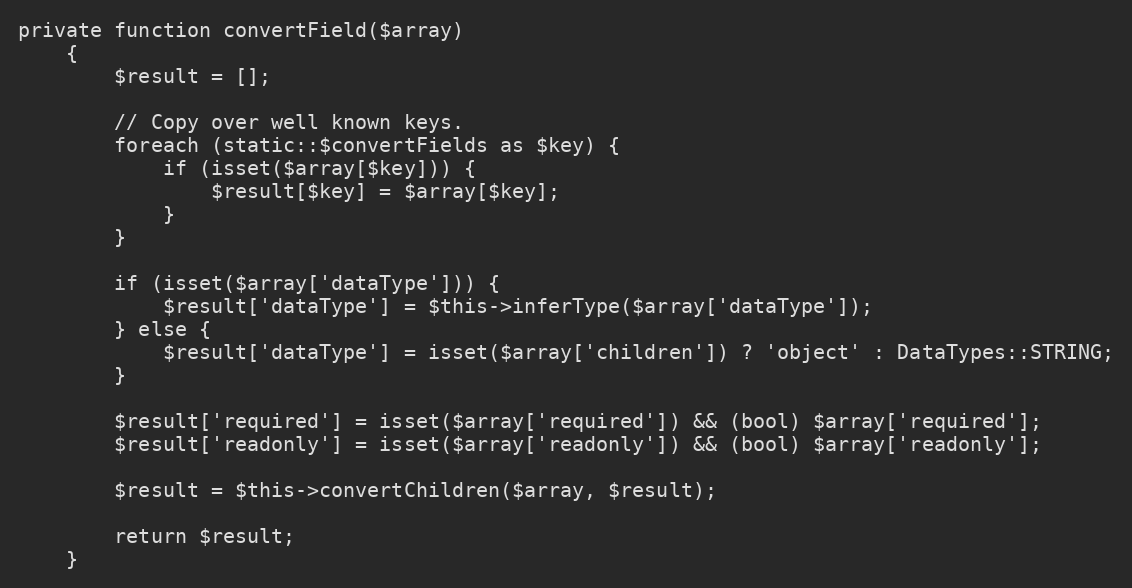
Language: PHP
private function convertField($array)
    {
        $result = [];

        // Copy over well known keys.
        foreach (static::$convertFields as $key) {
            if (isset($array[$key])) {
                $result[$key] = $array[$key];
            }
        }

        if (isset($array['dataType'])) {
            $result['dataType'] = $this->inferType($array['dataType']);
        } else {
            $result['dataType'] = isset($array['children']) ? 'object' : DataTypes::STRING;
        }

        $result['required'] = isset($array['required']) && (bool) $array['required'];
        $result['readonly'] = isset($array['readonly']) && (bool) $array['readonly'];

        $result = $this->convertChildren($array, $result);

        return $result;
    }